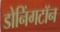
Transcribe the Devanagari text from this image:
डोनिंगटॉन